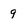
Character: 9